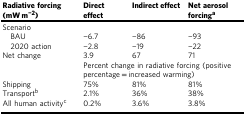
<table><thead><tr><td><b>Radiative forcing (mW m<sup>−2</sup>)</b></td><td><b>Direct effect</b></td><td><b>Indirect effect</b></td><td><b>Net aerosol forcing<sup>a</sup></b></td></tr></thead><tbody><tr><td>Scenario</td><td></td><td></td><td></td></tr><tr><td> BAU</td><td>−6.7</td><td>−86</td><td>−93</td></tr><tr><td> 2020 action</td><td>−2.8</td><td>−19</td><td>−22</td></tr><tr><td>Net change</td><td>3.9</td><td>67</td><td>71</td></tr><tr><td></td><td colspan="3">Percent change in radiative forcing (positive percentage = increased warming)</td></tr><tr><td>Shipping</td><td>75%</td><td>81%</td><td>81%</td></tr><tr><td>Transport<sup>b</sup></td><td>2.1%</td><td>36%</td><td>38%</td></tr><tr><td>All human activity<sup>c</sup></td><td>0.2%</td><td>3.6%</td><td>3.8%</td></tr></tbody></table>